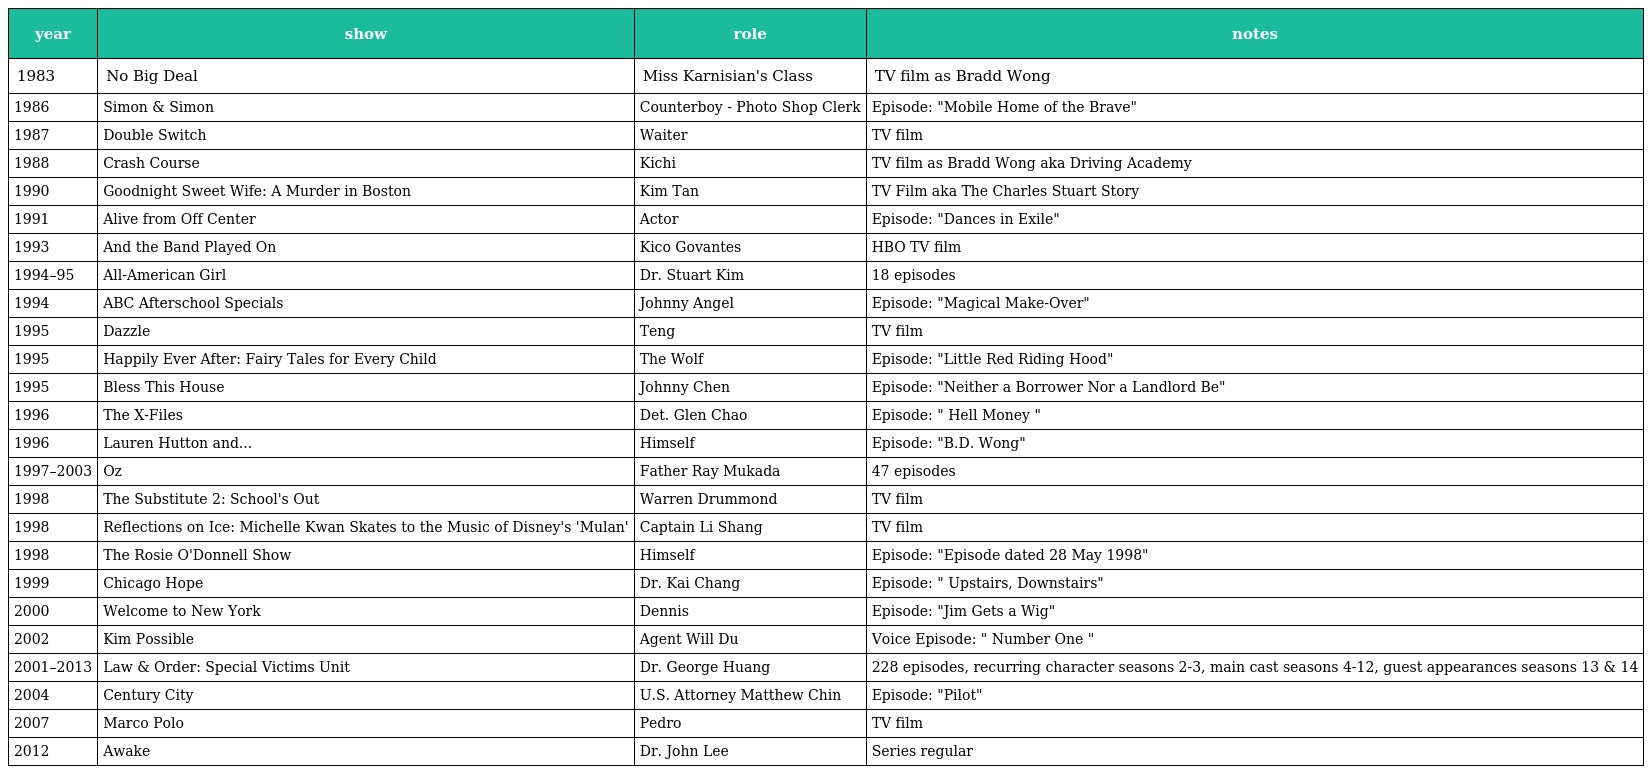
| year | show | role | notes |
 | --- | --- | --- | --- |
 | 1983 | No Big Deal | Miss Karnisian's Class | TV film as Bradd Wong |
 | 1986 | Simon & Simon | Counterboy - Photo Shop Clerk | Episode: "Mobile Home of the Brave" |
 | 1987 | Double Switch | Waiter | TV film |
 | 1988 | Crash Course | Kichi | TV film as Bradd Wong aka Driving Academy |
 | 1990 | Goodnight Sweet Wife: A Murder in Boston | Kim Tan | TV Film aka The Charles Stuart Story |
 | 1991 | Alive from Off Center | Actor | Episode: "Dances in Exile" |
 | 1993 | And the Band Played On | Kico Govantes | HBO TV film |
 | 1994–95 | All-American Girl | Dr. Stuart Kim | 18 episodes |
 | 1994 | ABC Afterschool Specials | Johnny Angel | Episode: "Magical Make-Over" |
 | 1995 | Dazzle | Teng | TV film |
 | 1995 | Happily Ever After: Fairy Tales for Every Child | The Wolf | Episode: "Little Red Riding Hood" |
 | 1995 | Bless This House | Johnny Chen | Episode: "Neither a Borrower Nor a Landlord Be" |
 | 1996 | The X-Files | Det. Glen Chao | Episode: " Hell Money " |
 | 1996 | Lauren Hutton and... | Himself | Episode: "B.D. Wong" |
 | 1997–2003 | Oz | Father Ray Mukada | 47 episodes |
 | 1998 | The Substitute 2: School's Out | Warren Drummond | TV film |
 | 1998 | Reflections on Ice: Michelle Kwan Skates to the Music of Disney's 'Mulan' | Captain Li Shang | TV film |
 | 1998 | The Rosie O'Donnell Show | Himself | Episode: "Episode dated 28 May 1998" |
 | 1999 | Chicago Hope | Dr. Kai Chang | Episode: " Upstairs, Downstairs" |
 | 2000 | Welcome to New York | Dennis | Episode: "Jim Gets a Wig" |
 | 2002 | Kim Possible | Agent Will Du | Voice Episode: " Number One " |
 | 2001–2013 | Law & Order: Special Victims Unit | Dr. George Huang | 228 episodes, recurring character seasons 2-3, main cast seasons 4-12, guest appearances seasons 13 & 14 |
 | 2004 | Century City | U.S. Attorney Matthew Chin | Episode: "Pilot" |
 | 2007 | Marco Polo | Pedro | TV film |
 | 2012 | Awake | Dr. John Lee | Series regular |